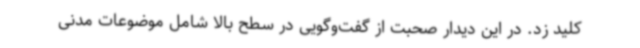
کلید زد. در این دیدار صحبت از گفت‌وگویی در سطح بالا شامل موضوعات مدنی